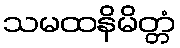
သမထနိမိတ္တံ